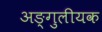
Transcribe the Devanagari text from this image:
अङ्गुलीयक